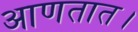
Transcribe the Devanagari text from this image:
आणतात।